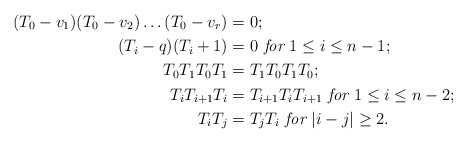
\begin{align*}(T_0-v_1)(T_0-v_2)\dots (T_0-v_r)&=0 ;\\(T_i-q)(T_i+1)&=0\textit{ for } 1\leq i\leq n-1;\\T_0T_1T_0T_1&=T_1T_0T_1T_0;\\T_iT_{i+1}T_i&=T_{i+1}T_iT_{i+1}\textit{ for }1\leq i\leq n-2;\\T_iT_j&=T_jT_i \textit{ for }|i-j|\geq 2.\end{align*}